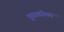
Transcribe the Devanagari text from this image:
दुधासोबत